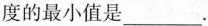
度的最小值是___.